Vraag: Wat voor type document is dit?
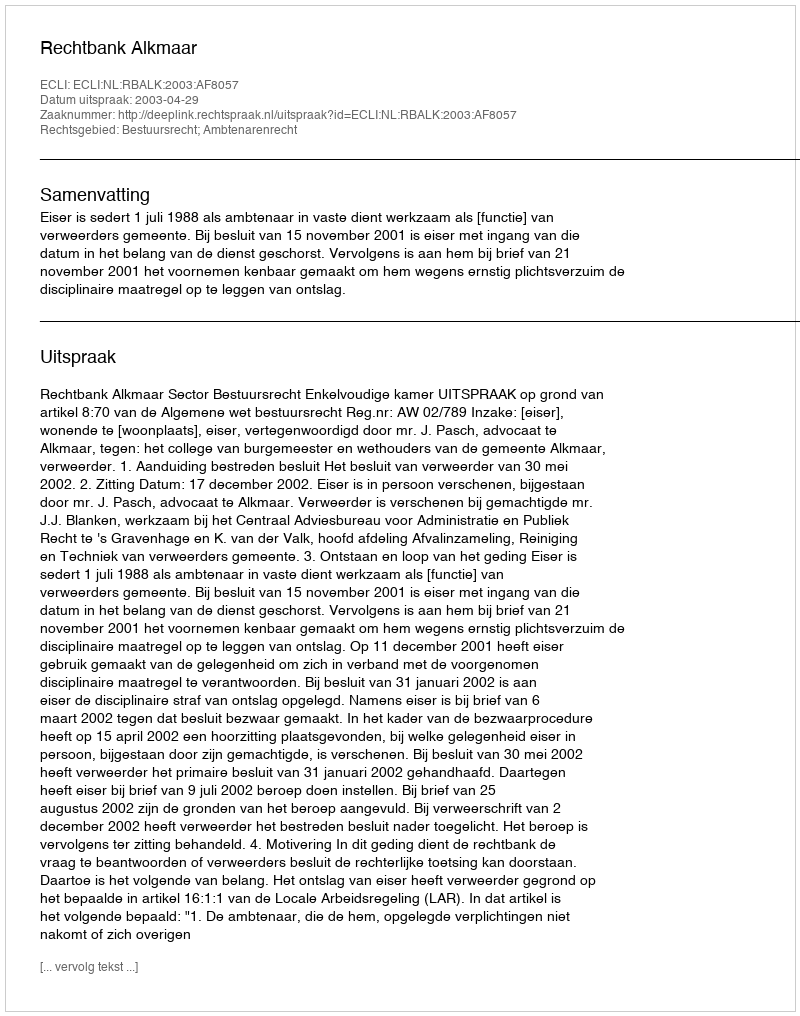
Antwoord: Uitspraak